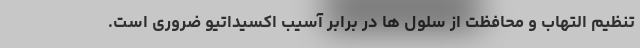
تنظیم التهاب و محافظت از سلول ها در برابر آسیب اکسیداتیو ضروری است.